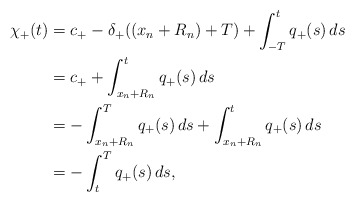
\begin{align*} \chi_{+}(t) & = c_{+} - \delta_{+}((x_n + R_n) + T) + \int_{-T}^t q_{+} (s)\, ds\\& = c_{+} + \int_{x_n + R_n}^t q_{+}(s) \, ds \\& = - \int_{x_n + R_n}^{T} q_{+}(s)\, ds + \int_{x_n + R_n}^t q_{+} (s)\, ds\\& = - \int_t^{ T} q_{+}(s)\, ds,\end{align*}